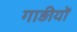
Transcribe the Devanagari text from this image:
गाड़ीयों